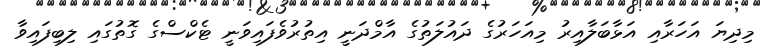
މިދިޔަ އަހަރާއި އަޅާބަލާއިރު މިއަހަރުގެ ދައުލަތުގެ އާމްދަނީ އިތުރުވެފައިވަނީ ޓެކްސްގެ ގޮތުގައި ލިބިފައިވާ